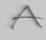
Text: A